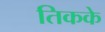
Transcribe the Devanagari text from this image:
तिकके